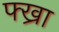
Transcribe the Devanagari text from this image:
फ्ख्रा